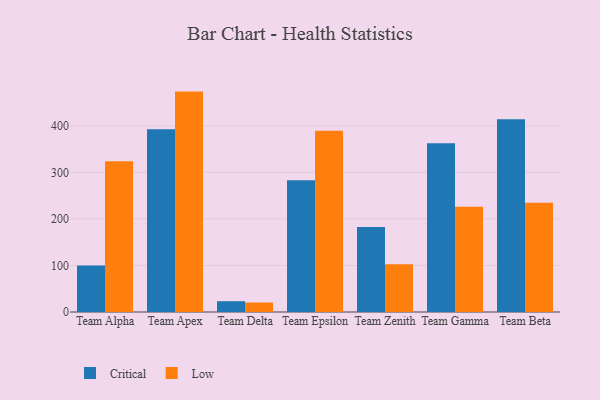
{"axis": {"x": "Team", "y": "Churn Rate (%)"}, "legend": ["Critical", "Low"], "data": [{"x": "Team Alpha", "y": 99.7, "type": "Critical"}, {"x": "Team Alpha", "y": 324.1, "type": "Low"}, {"x": "Team Apex", "y": 392.9, "type": "Critical"}, {"x": "Team Apex", "y": 473.6, "type": "Low"}, {"x": "Team Delta", "y": 23.2, "type": "Critical"}, {"x": "Team Delta", "y": 20.4, "type": "Low"}, {"x": "Team Epsilon", "y": 282.9, "type": "Critical"}, {"x": "Team Epsilon", "y": 389.7, "type": "Low"}, {"x": "Team Zenith", "y": 182.9, "type": "Critical"}, {"x": "Team Zenith", "y": 102.5, "type": "Low"}, {"x": "Team Gamma", "y": 362.7, "type": "Critical"}, {"x": "Team Gamma", "y": 226.3, "type": "Low"}, {"x": "Team Beta", "y": 414.1, "type": "Critical"}, {"x": "Team Beta", "y": 234.6, "type": "Low"}]}